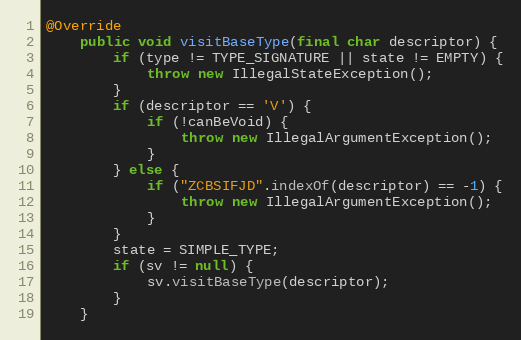
Language: Java
@Override
    public void visitBaseType(final char descriptor) {
        if (type != TYPE_SIGNATURE || state != EMPTY) {
            throw new IllegalStateException();
        }
        if (descriptor == 'V') {
            if (!canBeVoid) {
                throw new IllegalArgumentException();
            }
        } else {
            if ("ZCBSIFJD".indexOf(descriptor) == -1) {
                throw new IllegalArgumentException();
            }
        }
        state = SIMPLE_TYPE;
        if (sv != null) {
            sv.visitBaseType(descriptor);
        }
    }